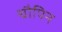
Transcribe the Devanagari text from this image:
चौपिन